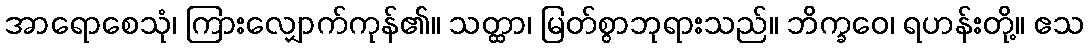
အာရောစေသုံ၊ ကြားလျှောက်ကုန်၏။ သတ္ထာ၊ မြတ်စွာဘုရားသည်။ ဘိက္ခဝေ၊ ရဟန်းတို့။ ဧသ